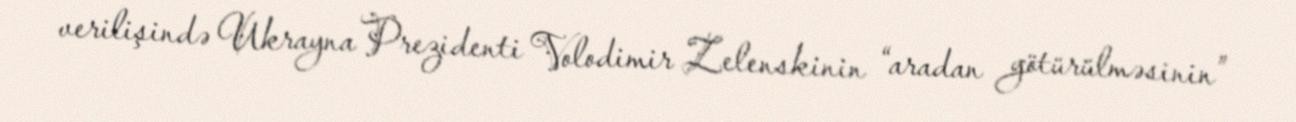
verilişində Ukrayna Prezidenti Volodimir Zelenskinin “aradan götürülməsinin”